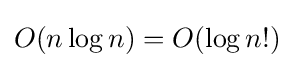
O(n\log n)=O(\log n!)